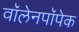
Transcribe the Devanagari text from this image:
वॉलेनपॉपेक